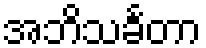
အဘိသင်္ခတာ